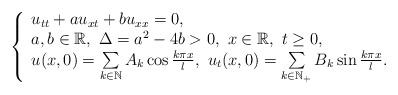
\begin{align*} \left\{ \begin{array}{ll} u_{tt}+au_{xt}+bu_{xx}=0,\\ a,b\in \mathbb{R},\ \Delta= a^{2}-4b>0,\ x\in \mathbb{R}, \ t\geq 0,\\ u(x,0)=\sum\limits_{k\in \mathbb{N}}A_k\cos\frac{k\pi x}{l},\ u_t(x,0)=\sum\limits_{k\in \mathbb{N}_+}B_k\sin\frac{k\pi x}{l}. \end{array} \right. \end{align*}